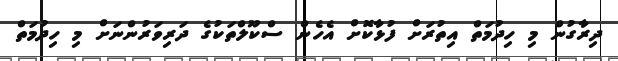
ދިރާގުން މި ހިދުމަތް އިތުރަށް ފުޅާކޮށް އެހެން ސްކޫލްތަކުގެ ދަރިވަރުންނަށް މި ހިދުމަތް